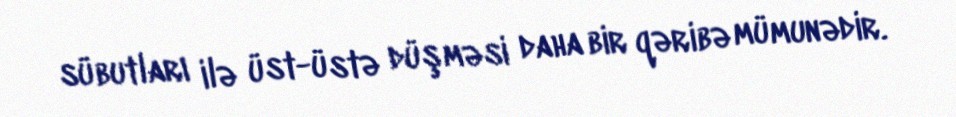
sübutları ilə üst-üstə düşməsi daha bir qəribə mümunədir.